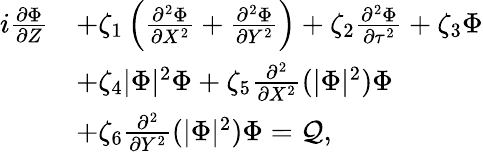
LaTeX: \begin{array}{rl}{i\frac{\partial\Phi}{\partial Z}}&{+\zeta_{1}\left(\frac{\partial^{2}\Phi}{\partial X^{2}}+\frac{\partial^{2}\Phi}{\partial Y^{2}}\right)+\zeta_{2}\frac{\partial^{2}\Phi}{\partial\tau^{2}}+\zeta_{3}\Phi}\\ &{+\zeta_{4}|\Phi|^{2}\Phi+\zeta_{5}\frac{\partial^{2}}{\partial X^{2}}(|\Phi|^{2})\Phi}\\ &{+\zeta_{6}\frac{\partial^{2}}{\partial Y^{2}}(|\Phi|^{2})\Phi=\mathcal{Q},}\end{array}